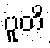
ပူတိ